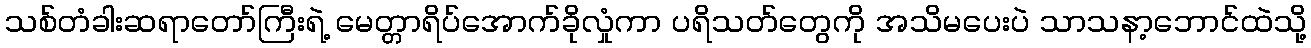
သစ်တံခါးဆရာတော်ကြီးရဲ့ မေတ္တာရိပ်အောက်ခိုလှုံကာ ပရိသတ်တွေကို အသိမပေးပဲ သာသနာ့ဘောင်ထဲသို့